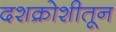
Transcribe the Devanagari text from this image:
दशक्रोशीतून